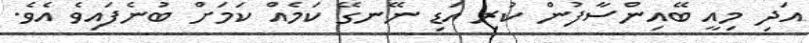
އަދި މިއީ ބޭއިންސާފުން ކުރި އަޑި ނޭނގޭ ކަމެއް ކަމަށް ބުނެފައިވެ އެވެ.